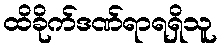
ထိခိုက်ဒဏ်ရာရရှိသူ